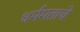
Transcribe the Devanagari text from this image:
धर्ममताचे